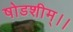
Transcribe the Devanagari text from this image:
षोडशीम्।।